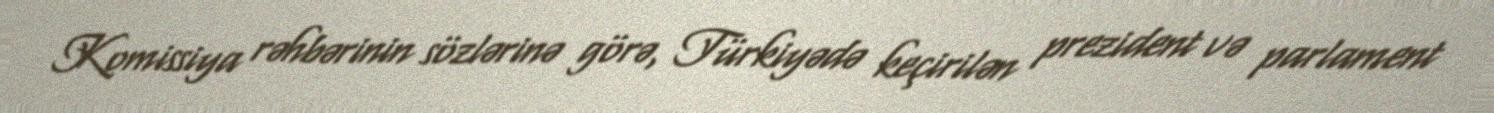
Komissiya rəhbərinin sözlərinə görə, Türkiyədə keçirilən prezident və parlament